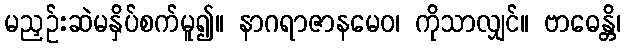
မညှဉ်းဆဲမနှိပ်စက်မူ၍။ နာဂရာဇာနမေဝ၊ ကိုသာလျှင်။ ဗာဓေန္တိ၊